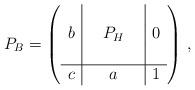
LaTeX: \begin{align*} P_B = \left( \begin{array}{c|ccc|c} & & & & \\ b & & P_H & & 0 \\ & & & & \\ \hline c & & a & & 1 \end{array} \right) \, , \end{align*}